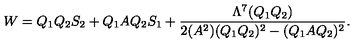
W = Q _ { 1 } Q _ { 2 } S _ { 2 } + Q _ { 1 } A Q _ { 2 } S _ { 1 } + \frac { \Lambda ^ { 7 } ( Q _ { 1 } Q _ { 2 } ) } { 2 ( A ^ { 2 } ) ( Q _ { 1 } Q _ { 2 } ) ^ { 2 } - ( Q _ { 1 } A Q _ { 2 } ) ^ { 2 } } .